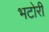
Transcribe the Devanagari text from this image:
भटोरी